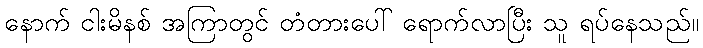
နောက် ငါးမိနစ် အကြာတွင် တံတားပေါ် ရောက်လာပြီး သူ ရပ်နေသည်။